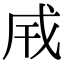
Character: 𢦡